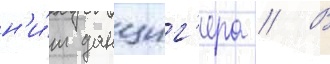
н'и́м данциг'ера // В